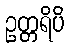
ဥတ္တရိပိ